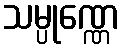
သမ္ပုဏ္ဏေ